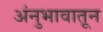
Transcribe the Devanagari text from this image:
अंनुभावातून